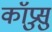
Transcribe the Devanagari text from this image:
कॉप्रुसु